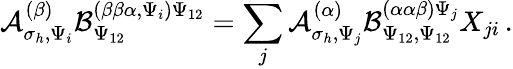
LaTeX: \mathcal{A}_{\sigma_{h},\Psi_{i}}^{(\beta)}\mathcal{B}_{\Psi_{12}}^{(\beta\beta\alpha,\Psi_{i})\Psi_{12}}=\sum_{j}\mathcal{A}_{\sigma_{h},\Psi_{j}}^{(\alpha)}\mathcal{B}_{\Psi_{12},\Psi_{12}}^{(\alpha\alpha\beta)\Psi_{j}}X_{ji}\, .